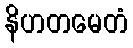
နိဟတမေတံ